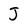
Character: J